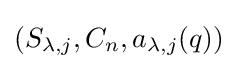
(S_{\lambda ,j},C_{n},a_{\lambda ,j}(q))